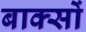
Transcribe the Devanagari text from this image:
बाक्सों